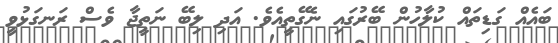
ބައެއް ގަޑިތައް ކުލާހުން ބޭރުގައި ނެގޭތީއެވެ. އަދި ލިބޭ ނަތީޖާ ވެސް ރަނގަޅުވީ